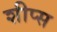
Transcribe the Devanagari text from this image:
शीप्स